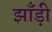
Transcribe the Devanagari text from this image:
झाँड़ी